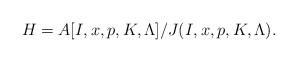
LaTeX: \begin{align*}H=A[I,x,p,K,\Lambda]/J(I,x,p,K,\Lambda).\end{align*}